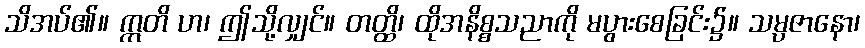
သိအပ်၏။ ဣတိ ဟ၊ ဤသို့လျှင်။ တတ္ထိ၊ ထိုအနိစ္စသညာကို မပွားစေခြင်း၌။ သမ္ပဇာနော၊